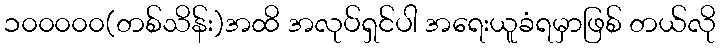
၁၀၀၀၀၀(တစ်သိန်း)အထိ အလုပ်ရှင်ပါ အရေးယူခံရမှာဖြစ် တယ်လို